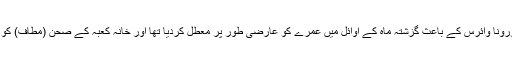
سعودی عرب نے کورونا وائرس کے باعث گزشتہ ماہ کے اوائل میں عمرے کو عارضی طور پر معطل کردیا تھا اور خانہ کعبہ کے صحن (مطاف) کو خالی کروادیا گیا تھا۔